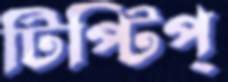
টিপ্‌টিপ্‌